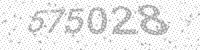
Solution: 675028